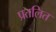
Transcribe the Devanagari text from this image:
प्रतलित